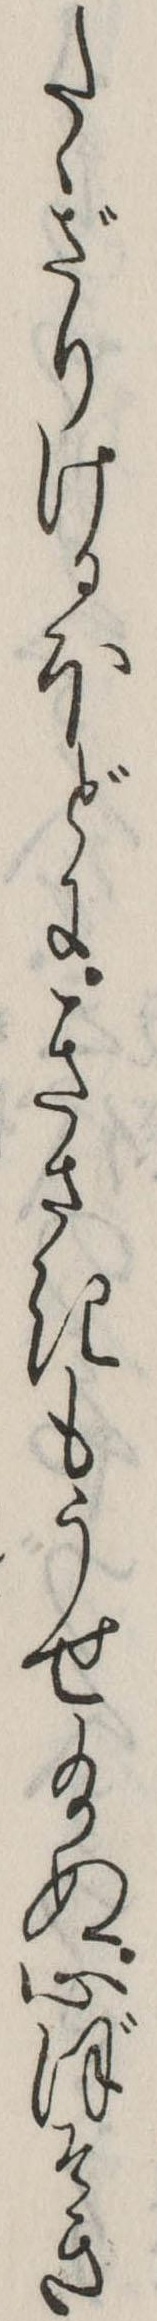
たゝざりけるほどにきさきもうせ給ぬ心ぼそき